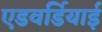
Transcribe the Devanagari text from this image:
एडवर्डियाई